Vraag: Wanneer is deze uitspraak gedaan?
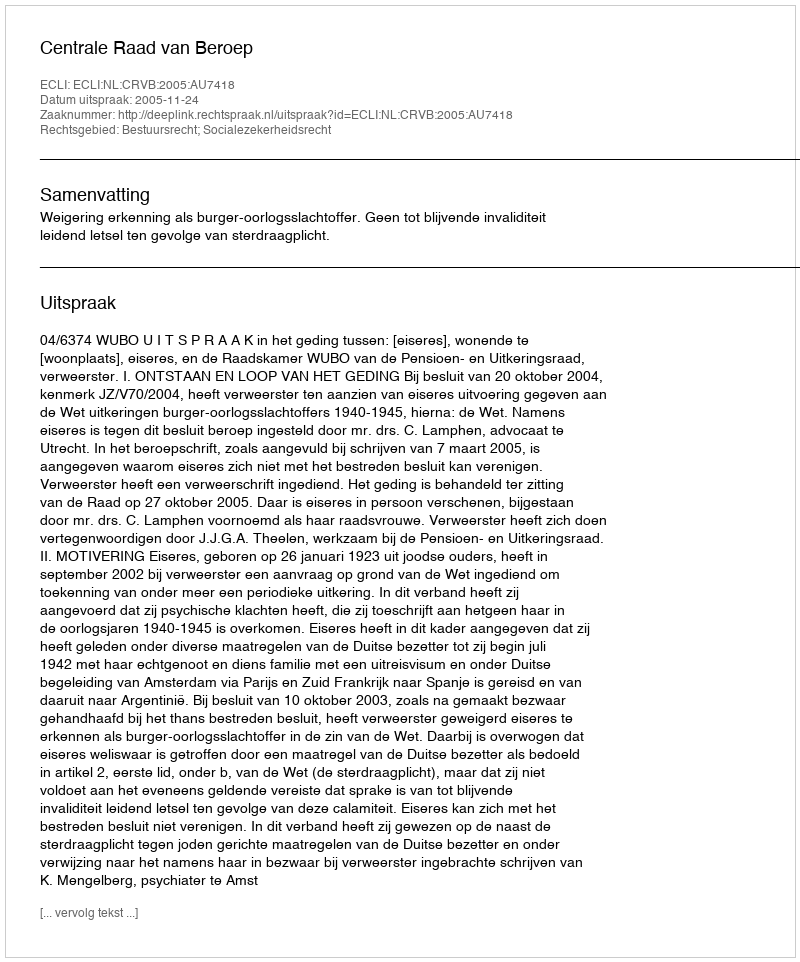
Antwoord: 2005-11-24